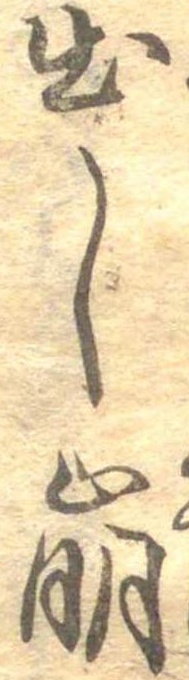
出し崩